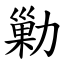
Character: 勦